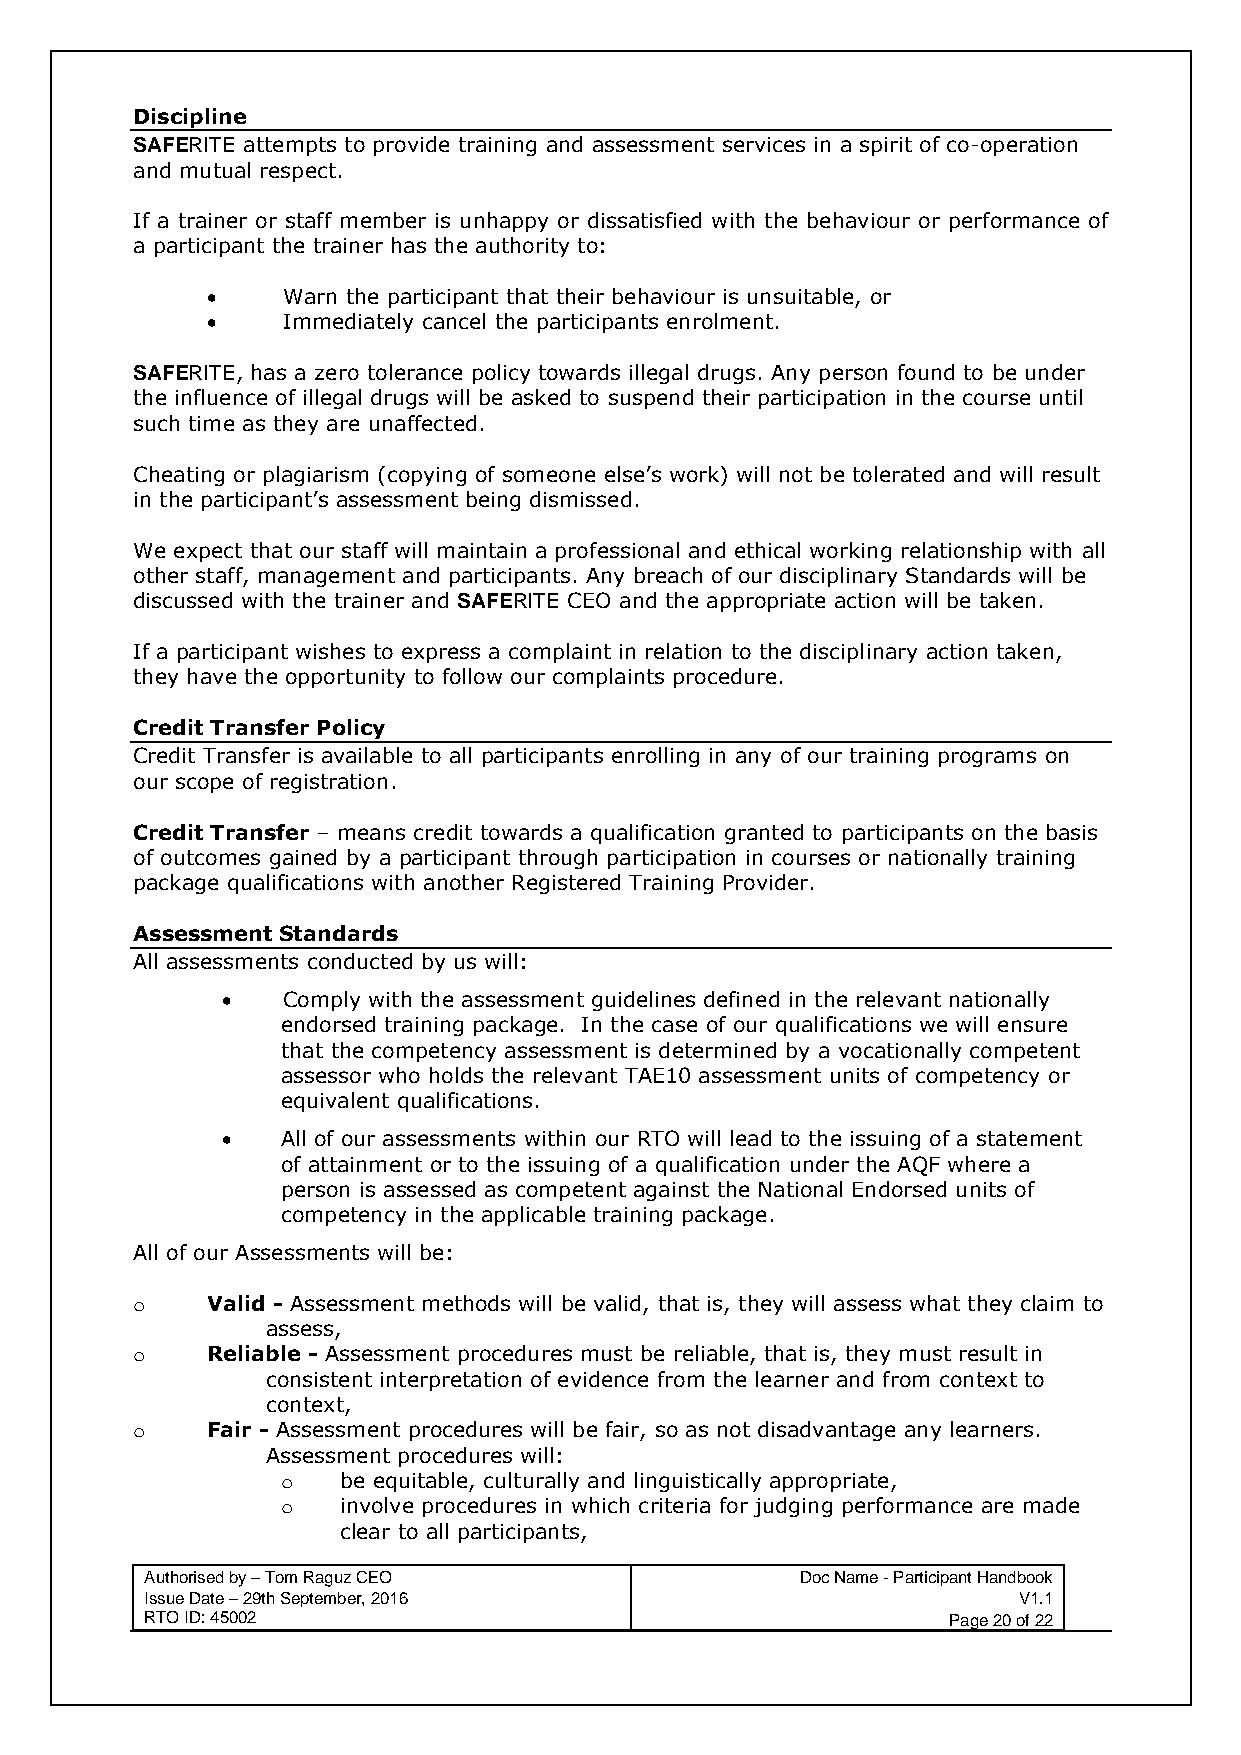
Discipline
 SAFERITE attempts to provide training and assessment services in a spirit of co-operation
 and mutual respect.
 If a trainer or staff member is unhappy or dissatisfied with the behaviour or performance of
 a participant the trainer has the authority to:
 •    Warn the participant that their behaviour is unsuitable, or
 •    Immediately cancel the participants enrolment.
 SAFERITE, has a zero tolerance policy towards illegal drugs. Any person found to be under
 the influence of illegal drugs will be asked to suspend their participation in the course until
 such time as they are unaffected.
 Cheating or plagiarism (copying of someone else’s work) will not be tolerated and will result
 in the participant’s assessment being dismissed.
 We expect that our staff will maintain a professional and ethical working relationship with all
 other staff, management and participants. Any breach of our disciplinary Standards will be
 discussed with the trainer and SAFERITE CEO and the appropriate action will be taken.
 If a participant wishes to express a complaint in relation to the disciplinary action taken,
 they have the opportunity to follow our complaints procedure.
 Credit Transfer Policy
 Credit Transfer is available to all participants enrolling in any of our training programs on
 our scope of registration.
 Credit Transfer – means credit towards a qualification granted to participants on the basis
 of outcomes gained by a participant through participation in courses or nationally training
 package qualifications with another Registered Training Provider.
 Assessment Standards
 All assessments conducted by us will:
 •   Comply with the assessment guidelines defined in the relevant nationally
 endorsed training package. In the case of our qualifications we will ensure
 that the competency assessment is determined by a vocationally competent
 assessor who holds the relevant TAE10 assessment units of competency or
 equivalent qualifications.
 •   All of our assessments within our RTO will lead to the issuing of a statement
 of attainment or to the issuing of a qualification under the AQF where a
 person is assessed as competent against the National Endorsed units of
 competency in the applicable training package.
 All of our Assessments will be:
 o    Valid - Assessment methods will be valid, that is, they will assess what they claim to
 assess,
 o    Reliable - Assessment procedures must be reliable, that is, they must result in
 consistent interpretation of evidence from the learner and from context to
 context,
 o    Fair - Assessment procedures will be fair, so as not disadvantage any learners.
 Assessment procedures will:
 o  be equitable, culturally and linguistically appropriate,
 o  involve procedures in which criteria for judging performance are made
 clear to all participants,
 Authorised by – Tom Raguz CEO              Doc Name - Participant Handbook
 Issue Date – 29th September, 2016                        V1.1
 RTO ID: 45002                                        Page 20 of 22